Problem: 29 + 32 = ?
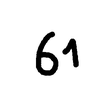
Handwritten answer: 61